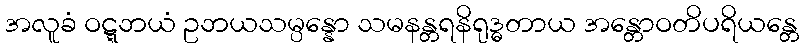
အလူခံ ဝဋ္ဋဘယံ ဥဘယသမ္ပန္နော သမနန္တရနိရုဒ္ဓတာယ အန္တောဝတိပရိယန္တေ